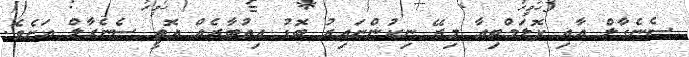
ސެނެގާލް އާއި ކޮލަމްބިއާ މިރޭ ނިކުންނައިރު ބޮޑު އިތުބާރެއް އޮތީ ސެނެގާލް އަށެވެ.